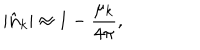
| \hat { \bf n } _ { k } | \approx 1 - { \frac { \mu _ { k } } { 4 \pi } } ,